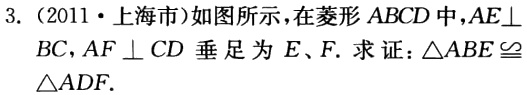
3. (2011·上海市)如图所示，在菱形 \(ABCD\) 中，\(AE\perp BC\)，\(AF\perp CD\) 垂足为 \(E、F\). 求证：\(\triangle ABE\cong\)